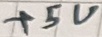
Text: +5V